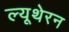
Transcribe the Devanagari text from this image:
ल्यूथेरन